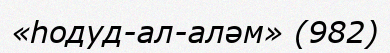
«һодуд-ал-аләм» (982)